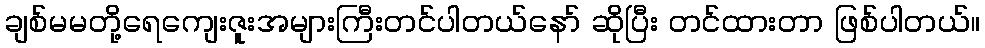
ချစ်မမတို့ရေကျေးဇူးအများကြီးတင်ပါတယ်နော် ဆိုပြီး တင်ထားတာ ဖြစ်ပါတယ်။